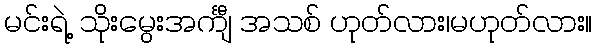
မင်းရဲ့ သိုးမွေးအင်္ကျီ အသစ် ဟုတ်လား၊မဟုတ်လား။